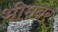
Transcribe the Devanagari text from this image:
भीमबर